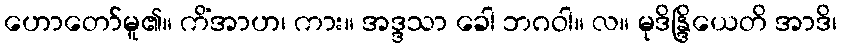
ဟောတော်မူ၏။ ကိံအာဟ၊ ကား။ အဒ္ဒသာ ခေါ ဘဂဝါ။ လ။ မုဒိန္ဒြိယေတိ အာဒိ၊